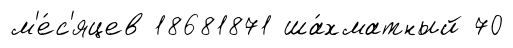
м'е́с'яцев 18681871 ша́хматный 70